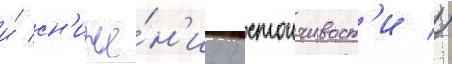
и́ сн'иже́н'иу остоичивост'и //